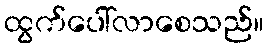
ထွက်ပေါ်လာစေသည်။